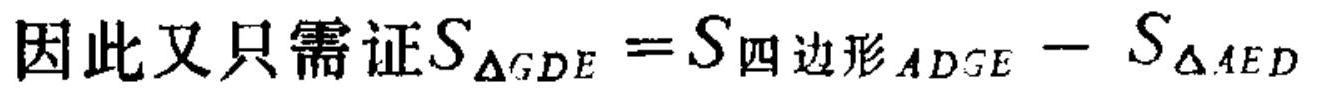
因此又只需证\(S_{\triangle GDE}=S_{四边形ADGE}-S_{\triangle AED}\)